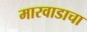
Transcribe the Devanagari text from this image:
मारवाडाचा